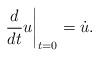
LaTeX: \begin{align*}\left. \frac{d}{dt} u \right|_{t=0} = \dot{u}.\end{align*}